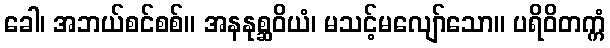
ခေါ၊ အဘယ်စင်စစ်။ အနနုစ္ဆဝိယံ၊ မသင့်မလျော်သော။ ပရိဝိတက္ကံ